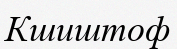
Кшиштоф